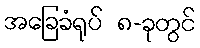
အခြေခံရုပ် ၈-ခုတွင်